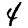
Digit: 4